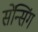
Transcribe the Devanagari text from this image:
सेंन्सिंग